Annual report on the Civil Veterinary Department, Burma (including the Insein Veterinary School) - 1923-1931
Year: 1923
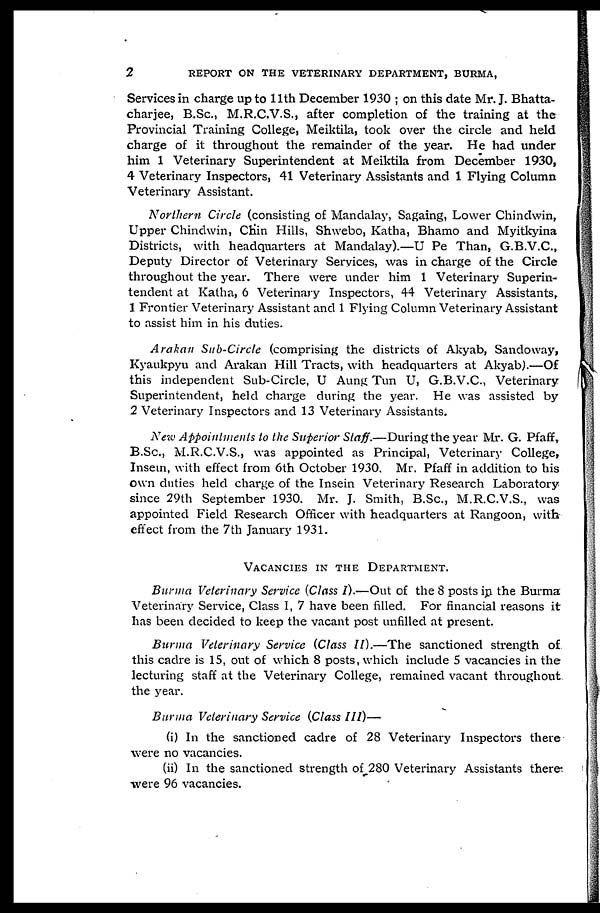
2
REPORT ON THE VETERINARY DEPARTMENT, BURMA,
Services in charge up to 11th December 1930 ; on this date Mr. J. Bhatta-
charjee, B.Sc., M.R.C.V.S., after completion of the training at the
Provincial Training College, Meiktila, took over the circle and held
charge of it throughout the remainder of the year. He had under
him 1 Veterinary Superintendent at Meiktila from December 1930,
4 Veterinary Inspectors, 41 Veterinary Assistants and 1 Flying Column
Veterinary Assistant.
Northern Circle (consisting of Mandalay, Sagaing, Lower Chindwin,
Upper Chindwin, Chin Hills, Shwebo, Katha, Bhamo and Myitkyina
Districts, with headquarters at Mandalay).—U Pe Than, G.B.V.C.,
Deputy Director of Veterinary Services, was in charge of the Circle
throughout the year. There were under him 1 Veterinary Superin-
tendent at Katha, 6 Veterinary Inspectors, 44 Veterinary Assistants,
1 Frontier Veterinary Assistant and 1 Flying Column Veterinary Assistant
to assist him in his duties.
Arakan Sub-Circle (comprising the districts of Akyab, Sandoway,
Kyaukpyu and Arakan Hill Tracts, with headqttarters at Akyab).—Of
this independent Sub-Circle, U Aung Tun U, G.B.V.C., Veterinary
Superintendent, held charge during the year. He was assisted by
2 Veterinary Inspectors and 13 Veterinary Assistants.
New Appointments to the Superior Staff.—During the year Mr. G. Pfaff,
B.Sc., M.R.C.V.S., was appointed as Principal, Veterinary College,
Insein, with effect from 6th October 1930. Mr. Pfaff in addition to his
own duties held charge of the Insein Veterinary Research Laboratory
since 29th September 1930. Mr. J. Smith, B.Sc., M.R.C.V.S., was
appointed Field Research Officer with headquarters at Rangoon, with-
effect from the 7th January 1931.
VACANCIES IN THE DEPARTMENT.
Burma Veterinary Service (Class I).—Out of the 8 posts in the Burma
Veterinary Service, Class I, 7 have been filled. For financial reasons it
has been decided to keep the vacant post unfilled at present.
Burma Veterinary Service (Class II).—The sanctioned strength of.
this cadre is 15, out of which 8 posts, which include 5 vacancies in the
lecturing staff at the Veterinary College, remained vacant throughout
the year.
Burma Veterinary Service (Class III)—
(i) In the sanctioned cadre of 28 Veterinary Inspectors there
were no vacancies.
(ii) In the sanctioned strength of 280 Veterinary Assistants theres
were 96 vacancies.